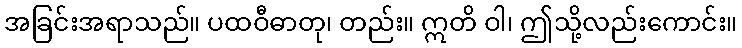
အခြင်းအရာသည်။ ပထဝီဓာတု၊ တည်း။ ဣတိ ဝါ၊ ဤသို့လည်းကောင်း။